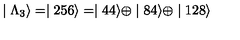
\mid \Lambda _ { 3 } \rangle = \mid 2 5 6 \rangle = \mid 4 4 \rangle \oplus \mid 8 4 \rangle \oplus \mid 1 2 8 \rangle